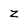
Character: z